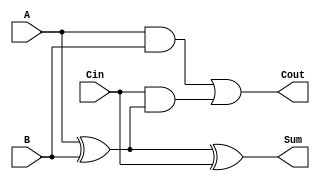
module LowPowerFullAdder (
    input wire A,    // First input bit
    input wire B,    // Second input bit
    input wire Cin,  // Carry-in bit
    output wire Sum, // Sum output
    output wire Cout // Carry-out output
);

// Internal signals for intermediate computations
wire AxorB; // Intermediate wire for A  B

// Compute A  B
assign AxorB = A ^ B;

// Compute Sum = A  B  Cin
assign Sum = AxorB ^ Cin;

// Compute Cout = (A AND B) OR (Cin AND (A  B))
assign Cout = (A & B) | (Cin & AxorB);

endmodule